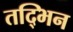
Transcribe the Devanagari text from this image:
तद्भिन